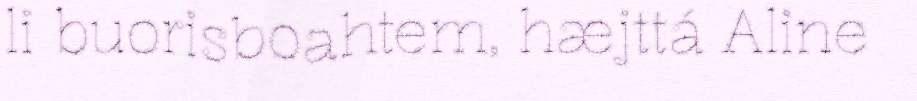
li buorisboahtem, hæjttá Aline